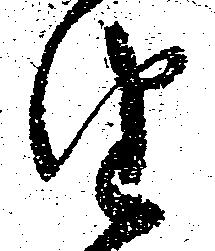
油